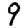
Digit: 9